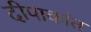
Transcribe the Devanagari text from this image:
दीपाकांत